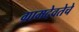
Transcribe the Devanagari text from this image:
ग्रामदेवतेचे